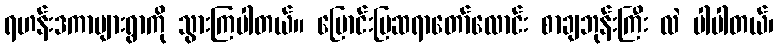
ရဟန်းဒကာများရွာကို သွားကြပါတယ်။ မြောင်းမြဆရာတော်လောင်း စာချဘုန်းကြီး လဲ ပါပါတယ်၊